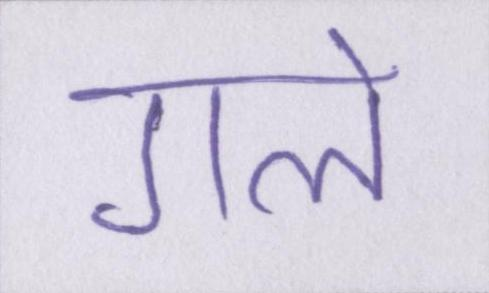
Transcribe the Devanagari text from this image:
गले